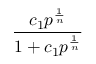
\frac { c _ { 1 } p ^ { \frac { 1 } { n } } } { 1 + c _ { 1 } p ^ { \frac { 1 } { n } } }